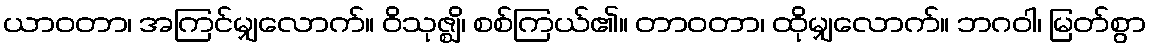
ယာဝတာ၊ အကြင်မျှလောက်။ ဝိသုဇ္ဈိ၊ စစ်ကြယ်၏။ တာဝတာ၊ ထိုမျှလောက်။ ဘဂဝါ၊ မြတ်စွာ